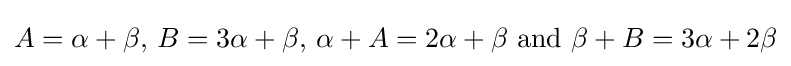
{\textstyle A=\alpha +\beta ,\,B=3\alpha +\beta ,\,\alpha +A=2\alpha +\beta \,\,{\rm {and}}\,\,\beta +B=3\alpha +2\beta }